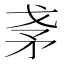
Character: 𰦎